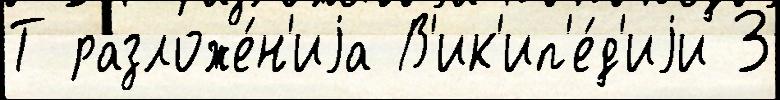
Т разложе́н'иjа В'ик'ип'е́д'иjи 3